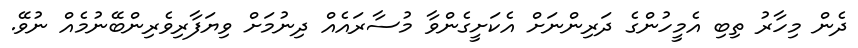
ދެން މިހާރު ތިބި އެމީހުންގެ ދަރިންނަށް އެކަށީގެންވާ މުސާރައެއް ދިނުމަށް ވިޔަފާރިވެރިންބޭނުމެއް ނުވޭ.